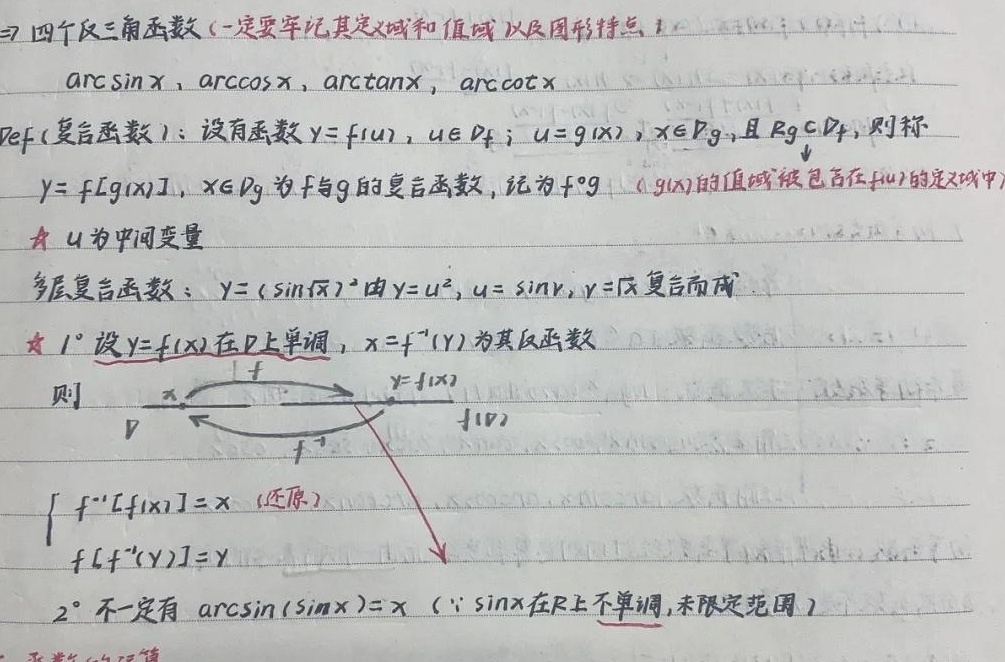
三、四个反三角函数（一定要牢记其定义域和值域以及图形特点）：\(\arcsin x\)，\(\arccos x\)，\(\arctan x\)，\(\text{arccot} x\)。

**定义（复合函数）**：设有函数\(y = f(u)\)，\(u\in D_f\)；\(u = g(x)\)，\(x\in D_g\)，且\(R_g\subset D_f\)，则称\(y = f[g(x)]\)，\(x\in D_g\)为\(f\)与\(g\)的复合函数，记为\(f\circ g\)（\(g(x)\)的值域被包含在\(f(u)\)的定义域中）。
\(☆\) \(u\)为中间变量。
多层复合函数：\(y = (\sin\sqrt{x})^2\)由\(y = u^2\)，\(u = \sin v\)，\(v = \sqrt{x}\)复合而成。
\(☆\) \(1^{\circ}\) 设\(y = f(x)\)在\(D\)上单调，\(x = f^{-1}(y)\)为其反函数，则
\[
\begin{tikzpicture}[baseline=(current  bounding  box.center)]
\matrix[matrix of math nodes,column sep = 1cm] (m){
x & y = f(x)\\
D & f(D)\\
};
\draw[->] (m-1-1) -- node[above]{\(f\)} (m-1-2);
\draw[->] (m-2-1) -- node[above]{\(f\)} (m-2-2);
\draw[->] (m-1-2) -- node[right]{\(f^{-1}\)} (m-2-1);
\draw[->] (m-1-1) -- node[below]{\(f^{-1}\)} (m-2-2);
\end{tikzpicture}
\]
\(\begin{cases}f^{-1}[f(x)] = x \text{ (还原)}\\f[f^{-1}(y)] = y\end{cases}\)
\(2^{\circ}\) 不一定有 \(\arcsin(\sin x)=x\) （\(\because\sin x\)在\(R\)上不单调，未限定范围）